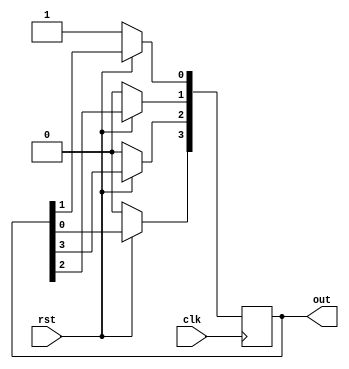
`timescale 1ns / 1ps
//////////////////////////////////////////////////////////////////////////////////
// Company: 
// Engineer: 
// 
// Design Name: 
// Module Name: Ring_Counter
// Project Name: 
// Target Devices: 
// Tool Versions: 
// Description: 
// 
// Dependencies: 
// 
// Revision:
// Revision 0.01 - File Created
// Additional Comments:
// 
//////////////////////////////////////////////////////////////////////////////////


module Ring_Counter(clk, out, rst);
    parameter WIDTH = 4;
    input clk, rst;
    output reg [WIDTH - 1:0] out;
    integer i;
    always @ (posedge clk)
    begin
        if(!rst)
            out <= 1;
        else
        begin
            out[WIDTH - 1] <= out[0];
            for (i = 0; i < WIDTH - 1; i = i + 1)
            begin
                out[i] <= out[i + 1];
            end
        end
    end
endmodule